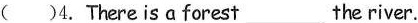
( )4.There is a forest___the river.